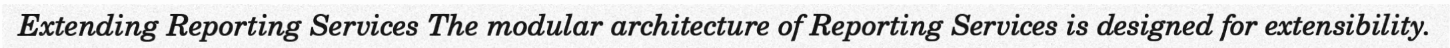
Extending Reporting Services The modular architecture of Reporting Services is designed for extensibility.